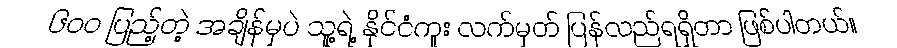
၆၀၀ ပြည့်တဲ့ အချိန်မှပဲ သူ့ရဲ့ နိုင်ငံကူး လက်မှတ် ပြန်လည်ရရှိတာ ဖြစ်ပါတယ်။